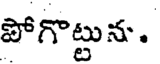
పోగొట్టున.